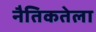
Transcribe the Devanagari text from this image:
नैतिकतेला